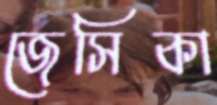
জেসিকা